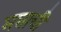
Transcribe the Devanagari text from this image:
मघाची